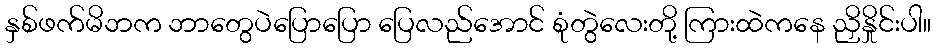
နှစ်ဖက်မိဘက ဘာတွေပဲပြောပြော ပြေလည်အောင် စုံတွဲလေးတို့ ကြားထဲကနေ ညှိနှိုင်းပါ။